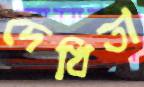
দেখিতা